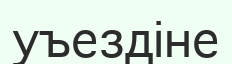
уъездіне